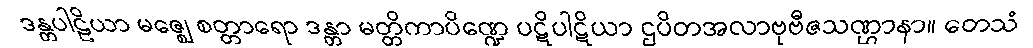
ဒန္တပါဠိယာ မဇ္ဈေ စတ္တာရော ဒန္တာ မတ္တိကာပိဏ္ဍေ ပဋိပါဋိယာ ဌပိတအလာဗုဗီဇသဏ္ဌာနာ။ တေသံ